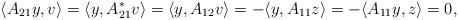
LaTeX: \begin{align*}\langle A_{21}y,v\rangle=\langle y,A_{21}^*v\rangle=\langle y,A_{12}v\rangle=-\langle y,A_{11}z\rangle=-\langle A_{11}y,z\rangle=0,\end{align*}